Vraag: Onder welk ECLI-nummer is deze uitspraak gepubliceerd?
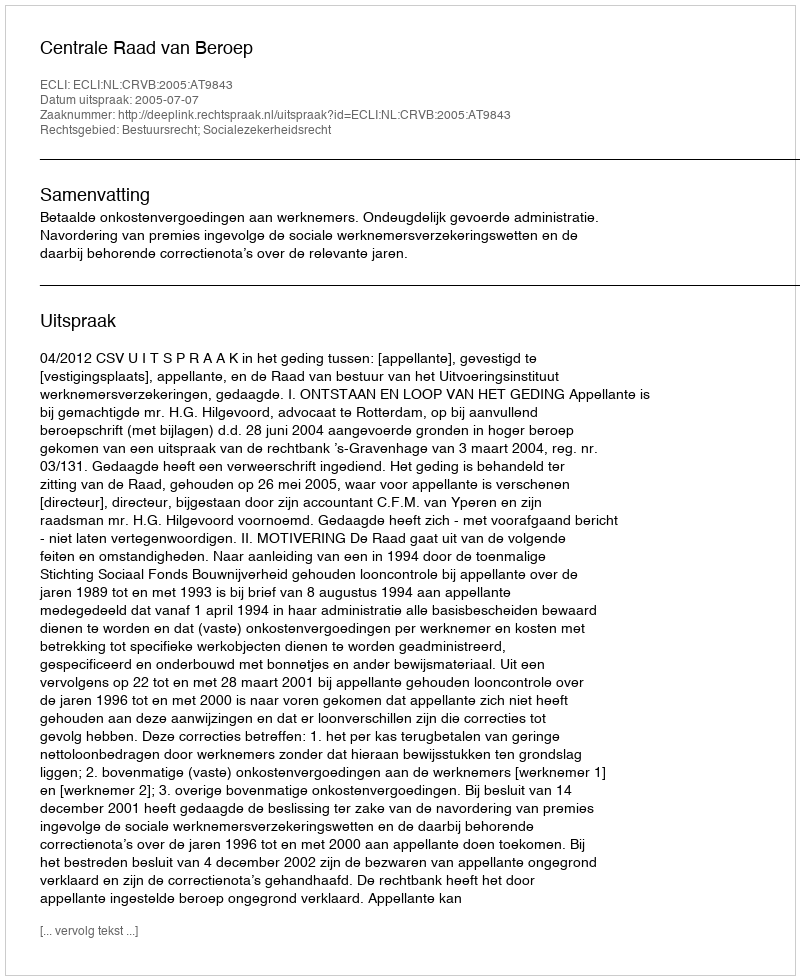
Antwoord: ECLI:NL:CRVB:2005:AT9843